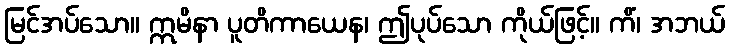
မြင်အပ်သော။ ဣမိနာ ပူတိကာယေန၊ ဤပုပ်သော ကိုယ်ဖြင့်။ ကိံ၊ အဘယ်